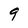
Character: 9